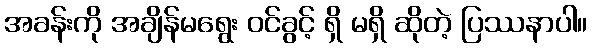
အခန်းကို အချိန်မရွေး ဝင်ခွင့် ရှိ မရှိ ဆိုတဲ့ ပြဿနာပါ။